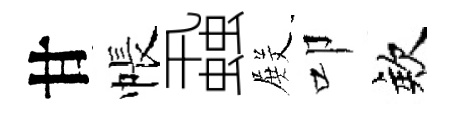
甘帳蝨𭮺叩欸